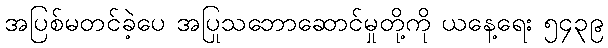
အပြစ်မတင်ခဲ့ပေ အပြုသဘောဆောင်မှုတို့ကို ယနေ့ရေး ၅၄၃၉